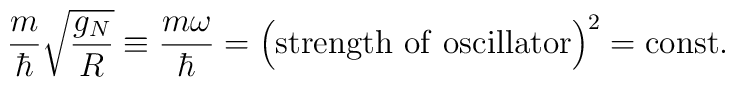
{m\over \hbar}\sqrt{g_N\over R}\equiv {{m\omega}\over \hbar}=\Bigl({\rm strength~of~oscillator} \Bigr)^2={\rm const}.